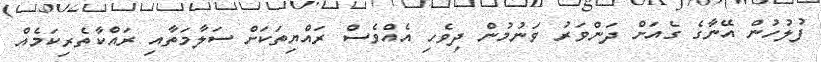
ފުލުހުން އޭނާގެ ގެއަށް ދަންވަރު ވަނުމުން ދިވެހި އެއްވެސް ރައްޔިތަކަށް ސަލާމަތާއި ރައްކާތެރިކަމެއް